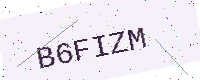
Text: B6FIZM